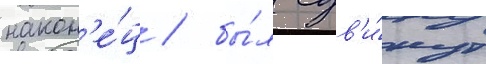
након'е́ц / бы́л сдв'и́нут